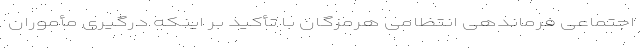
اجتماعی فرماندهی انتظامی هرمزگان با تأکید بر اینکه درگیری مأموران